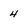
Character: 4